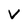
Character: V